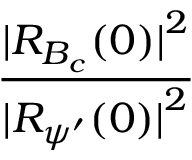
\frac { { \mid } R _ { B _ { c } } ( 0 ) { \mid } ^ { 2 } } { { \mid } R _ { { \psi } ^ { \prime } } ( 0 ) { \mid } ^ { 2 } }